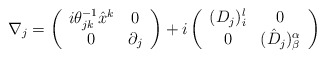
\begin{align*}\nabla_{j} = \left( \begin{array}{cc} i\theta_{jk}^{-1}\hat x^{k} & 0\\0&\partial_{j} \end{array} \right) + i \left( \begin{array}{cc}(D_{j})_{i}^{l} & 0 \\ 0 & (\hat D_{j})^{\alpha}_{\beta} \end{array} \right)\end{align*}